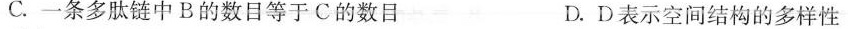
C.一条多肽链中B的数目等于C的数目 D.D表示空间结构的多样性